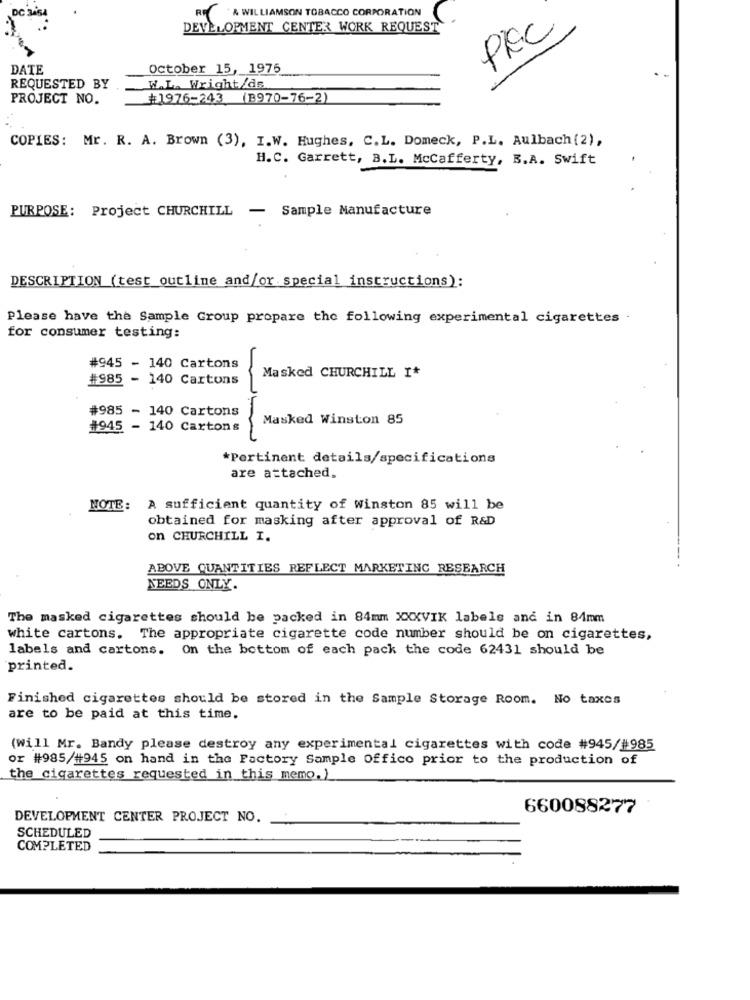
R & WILLIAMSON TOBACCO CORPORATION
DEVELOPMENT CENTER WORK REQUEST
PIEC
DATE
October 15, 1975
REQUESTED BY
W.L. Wright/ds.
PROJECT NO.
#1976-243 (B970-76-2)
COPIES: Mr. R. A. Brown (3), I.W. Hughes, C.L. Domeck, P.L. Aulbach (2),
H.C. Garrett, B.L. Mccafferty, B.A. Swift
PURPOSE: Project CHURCHILL
Sample Manufacture
-
DESCRIPTION (test_outline and/or special instructions):
Please have the Sample Group propare the following experimental cigarettes .
for consumer testing:
#945 - 140 Cartons
Masked CHURCHILL I*
#985 - 140 Cartons
#985
- 140 Cartons
Masked Winston 85
#945 - 140 Cartons
*Pertinent details/specifications
are attached.
NOTE :
A sufficient quantity of Winston 85 will be
obtained for masking after approval of R&D
on CHURCHILL I.
ABOVE QUANTITIES REFLECT MARKETING RESEARCH
NEEDS ONLY.
The masked cigarettes should be packed in 84mm XXXVIK labels and in 84mm
white cartons. The appropriate cigarette code number should be on cigarettes,
labels and cartons. On the bottom of each pack the code 62431 should be
printed.
Finished cigarettes should be stored in the Sample Storage Room. No taxes
are to be paid at this time.
(will Mr. Bandy please destroy any experimental cigarettes with code #945/#985
or #985/#945 on hand in the Factory Sample Offico prior to the production of
the cigarettes requested in this memo.)
660088277
DEVELOPMENT CENTER PROJECT NO.
SCHEDULED
COMPLETED